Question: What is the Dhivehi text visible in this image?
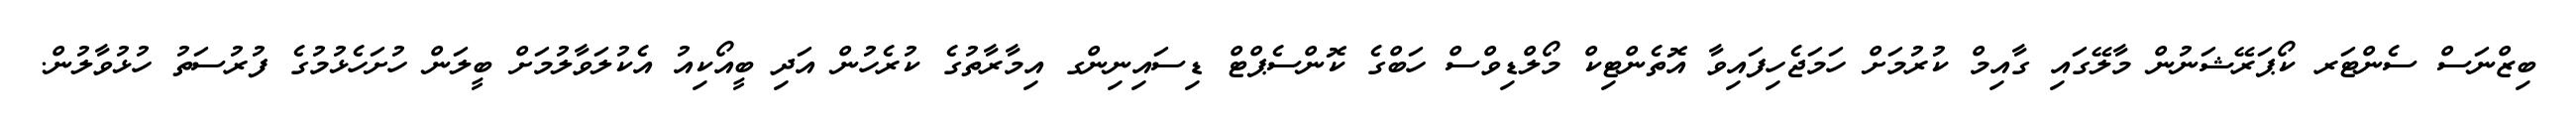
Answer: ބިޒްނަސް ސެންޓަރ ކޯޕަރޭޝަނުން މާލޭގައި ގާއިމް ކުރުމަށް ހަމަޖެހިފައިވާ އޮތެންޓިކް މޯލްޑިވްސް ހަބްގެ ކޮންސެޕްޓް ޑިސައިނިންގ އިމާރާތުގެ ކުރެހުން އަދި ބީއޯކިއު އެކުލަވާލުމަށް ބީލަން ހުށަހެޅުމުގެ ފުރުސަތު ހުޅުވާލުން.